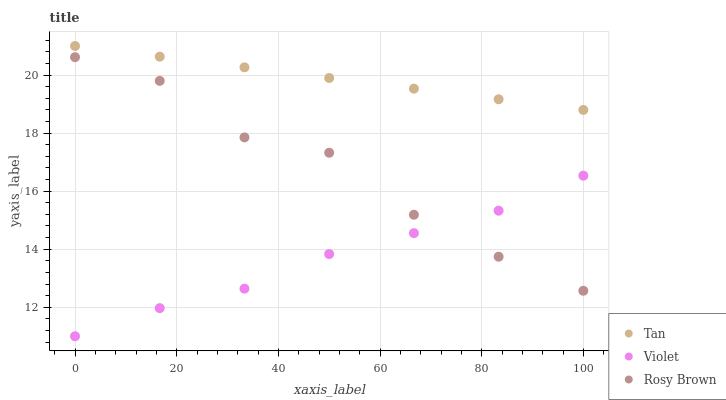
| xaxis_label | Tan | Violet | Rosy Brown |
 | --- | --- | --- | --- |
 | 0 | 21 | 11 | 20.6 |
 | 16.7 | 20.6 | 12 | 19.8 |
 | 33.3 | 20.3 | 12.6 | 17.9 |
 | 50 | 19.9 | 13.8 | 17.3 |
 | 66.7 | 19.5 | 14.6 | 15.2 |
 | 83.3 | 19.2 | 15.3 | 13.7 |
 | 100 | 18.8 | 16.5 | 12.6 |